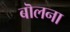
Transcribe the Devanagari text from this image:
बॊलना